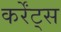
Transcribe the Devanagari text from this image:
कर्रेंट्स